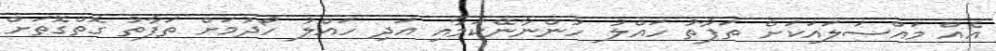
އެއް މައްސަލައަކަށް ތަފާތު ހައްލު ހުންނާނޭކަމާއި އަދި ހައްލު ހޯދުމަށް ތަފާތު ގޮތްގޮތަށް